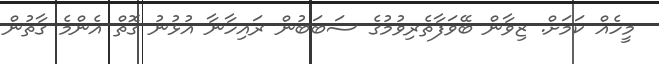
މީހެއް ކަމަށް. ޒިވާން ބޭވަފާތެރިވުމުގެ ސަބަބުން ރައިހާނާ އުޅުނު ގޮތް އެންމެ ގާތުން